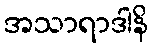
အသာရာဒါနိ